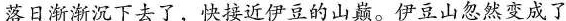
落日渐渐沉下去了，快接近伊豆的山。伊豆山忽然变成了